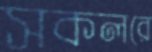
সকলরে